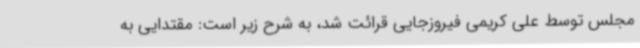
مجلس توسط علی کریمی فیروزجایی قرائت شد، به شرح زیر است: مقتدایی به